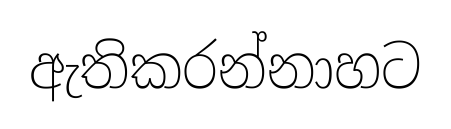
ඇතිකරන්නාහට